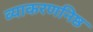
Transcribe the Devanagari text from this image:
व्याकरणनिष्ठ